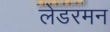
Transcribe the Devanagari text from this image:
लेडरमन